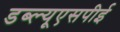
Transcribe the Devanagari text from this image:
डब्ल्यूएसपीई